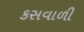
કસવાળી